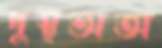
দুস্থভাতা